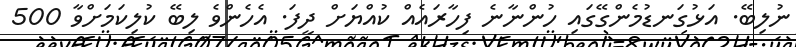
ނުލިބޭ. އަޅުގަނޑުމެންގޭގައި ހުންނާނެ ފިހާރައެއް ކުއްޔަށް ދީފަ. އެހެންވެ ލިބޭ ކުލިކަމަށްވާ 500